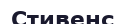
Стивенс